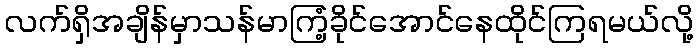
လက်ရှိအချိန်မှာသန်မာကြံ့ခိုင်အောင်နေထိုင်ကြရမယ်လို့